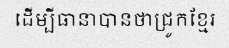
ដើម្បីធានាបានថាជ្រូកខ្មែរ